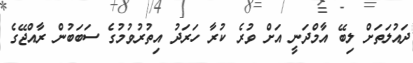
ދައުލަތަށް ލިބޭ އާމްދަނީ އަށް ވުރެ ކުރާ ހަރަދު އިތުރުވުމުގެ ސަބަބުން ރާއްޖޭގެ